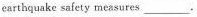
earthquake safety measures ___.